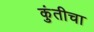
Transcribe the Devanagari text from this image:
कुंतीचा